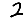
Digit: 2